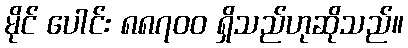
မိုင် ပေါင်း ၈၈၇၀၀ ရှိသည်ဟုဆိုသည်။